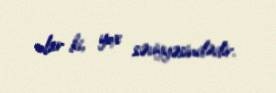
olar ki, yox səviyyəsindədir.